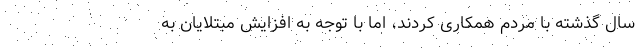
سال گذشته با مردم همکاری کردند، اما با توجه به افزایش مبتلایان به